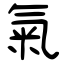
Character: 氣